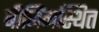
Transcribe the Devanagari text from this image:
बीजिंगस्थित